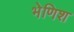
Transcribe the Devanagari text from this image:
भेणिश